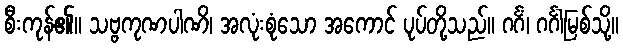
စီးကုန်၏။ သဗ္ဗကုဏပါဏိ၊ အလုံးစုံသော အကောင် ပုပ်တို့သည်။ ဂင်္ဂံ၊ ဂင်္ဂါမြစ်သို့။